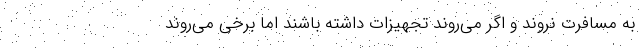
به مسافرت نروند و اگر می‌روند تجهیزات داشته باشند اما برخی می‌روند